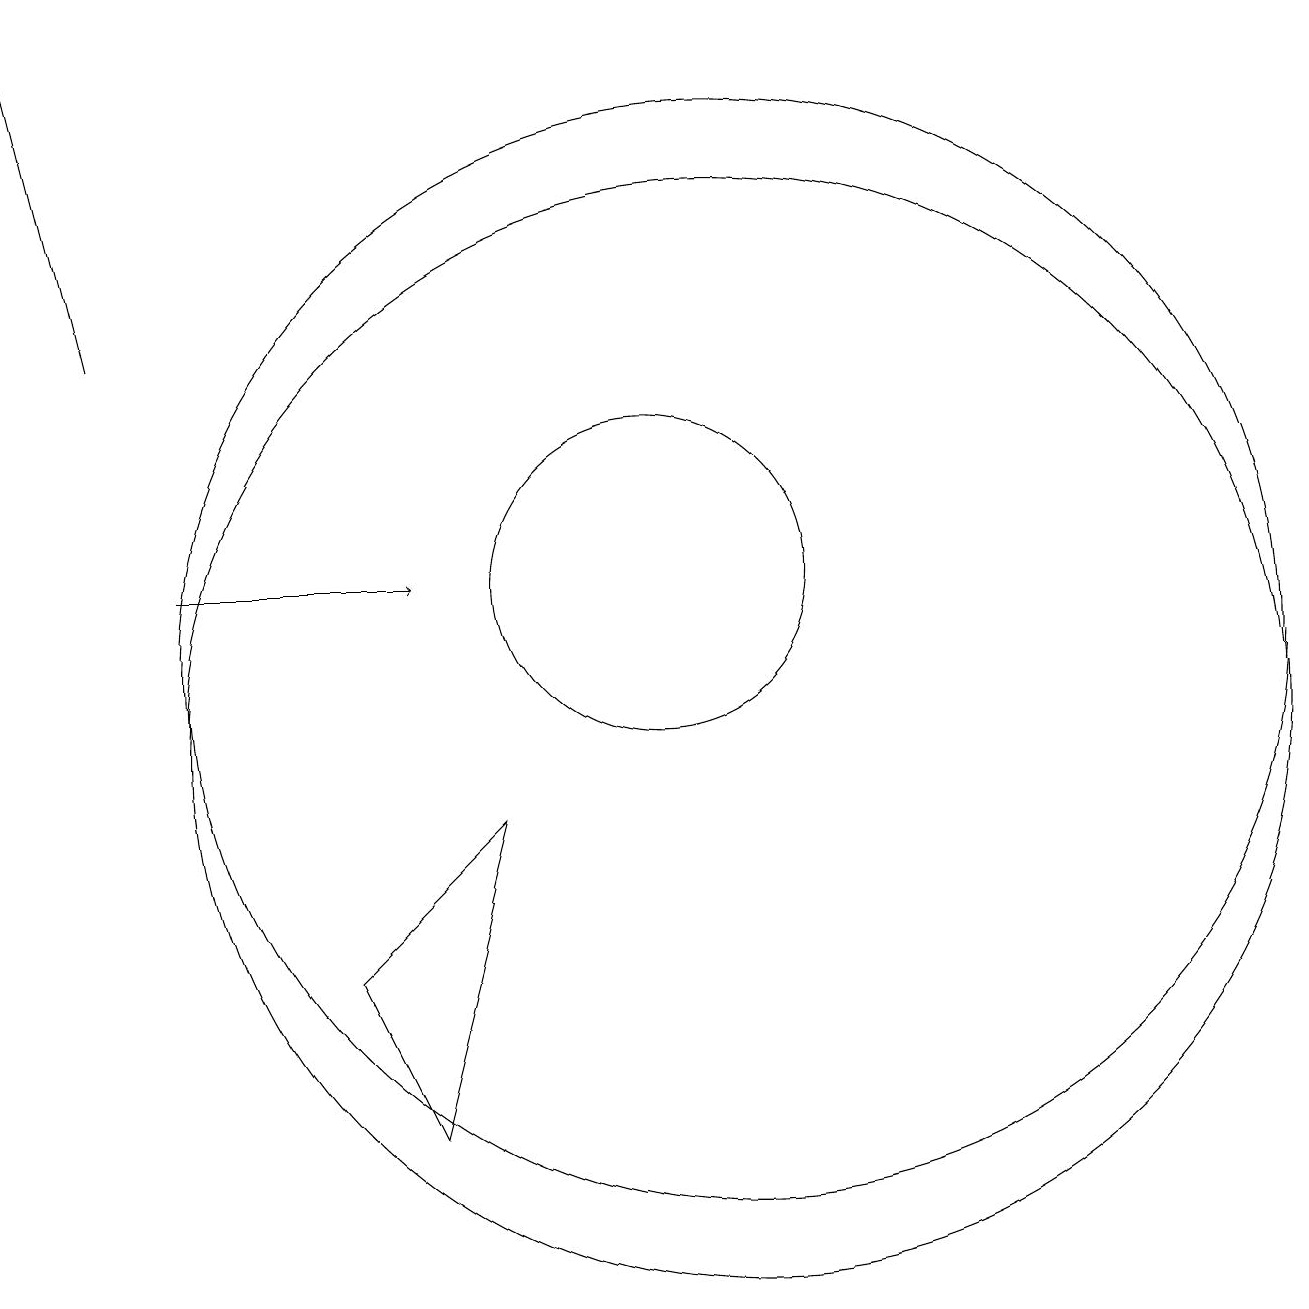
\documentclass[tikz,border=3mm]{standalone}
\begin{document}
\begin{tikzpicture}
\draw (8,9) -- (6,7) -- (7,5) -- cycle;
\draw[->] (4,12) -- (7,12);
\draw (11,10) circle (7);
\draw[->] (3,15) -- (2,19);
\draw (11,11) circle (7);
\draw (10,12) circle (2);
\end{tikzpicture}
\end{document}